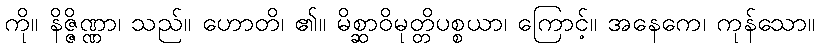
ကို။ နိဇ္ဇိဏ္ဏာ၊ သည်။ ဟောတိ၊ ၏။ မိစ္ဆာဝိမုတ္တိပစ္စယာ၊ ကြောင့်။ အနေကေ၊ ကုန်သော။